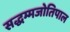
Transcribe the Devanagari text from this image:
सद्धम्मजोतिपाल